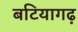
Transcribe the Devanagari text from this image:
बटियागढ़